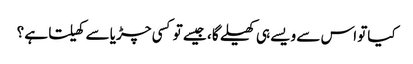
کیاتو اس سے ویسے ہی کھیلے گا ، جیسے تو کسی چڑیا سے کھیلتا ہے ؟